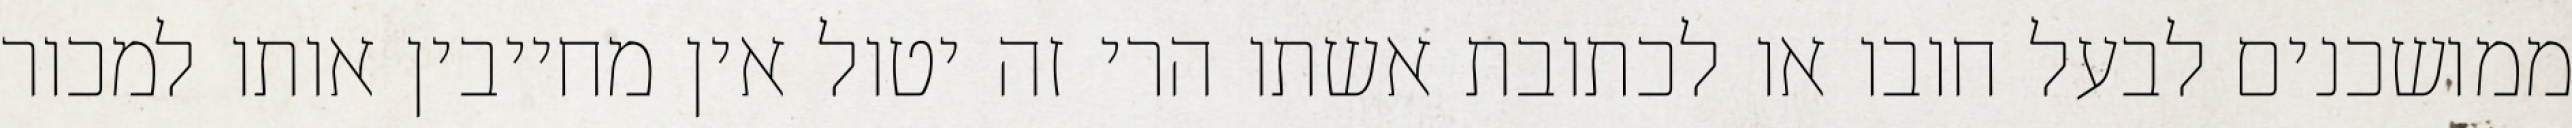
ממושכנים לבעל חובו או לכתובת אשתו הרי זה יטול אין מחייבין אותו למכור